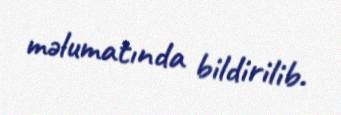
məlumatında bildirilib.